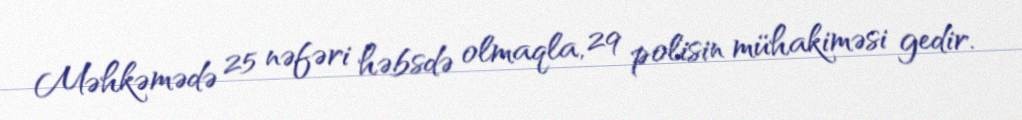
Məhkəmədə 25 nəfəri həbsdə olmaqla, 29 polisin mühakiməsi gedir.